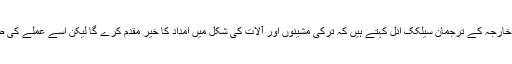
ترک وزارتِ خارجہ کے ترجمان سیلکک انل کہتے ہیں کہ ترکی مشینوں اور آلات کی شکل میں امداد کا خیر مقدم کرے گا لیکن اسے عملے کی ضرورت نہیں۔